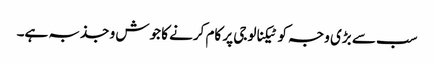
سب سے بڑی وجہ کو ٹیکنالوجی پر کام کرنے کا جوش و جذبہ ہے۔